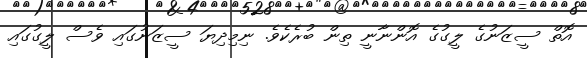
އޮތް ސީޒަނުގެ ލީގުގެ އޮންނާނީ ތިން ބުރެކެވެ. ނިމިދިޔަ ސީޒަނުގައި ވެސް ލީގުގައި